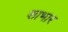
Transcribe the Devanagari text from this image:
शाभार